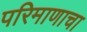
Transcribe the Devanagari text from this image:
परिमाणाचा